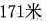
171米